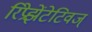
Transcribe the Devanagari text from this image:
रिप्रेझेंटेटिवज्